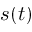
s ( t )